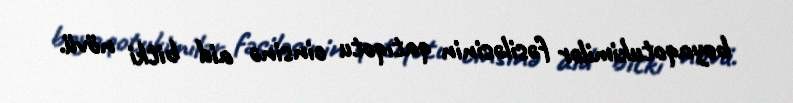
boyaqotukimilər fəsiləsinin qatıqotu cinsinə aid bitki növü.